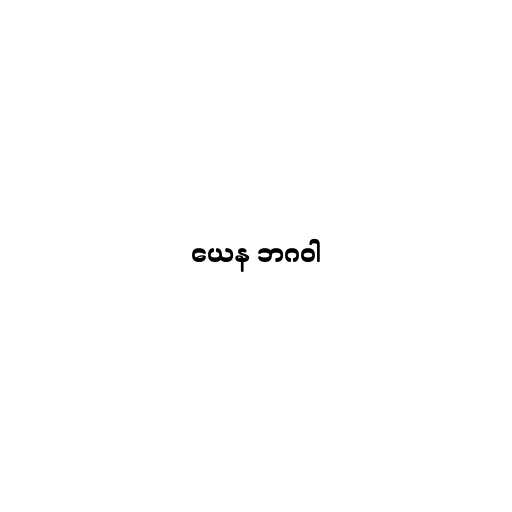
ယေန ဘဂဝါ